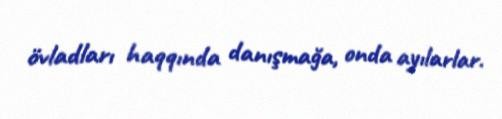
övladları haqqında danışmağa, onda ayılarlar.